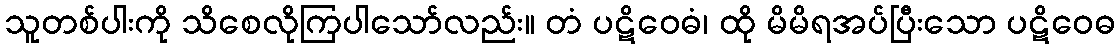
သူတစ်ပါးကို သိစေလိုကြပါသော်လည်း။ တံ ပဋိဝေဓံ၊ ထို မိမိရအပ်ပြီးသော ပဋိဝေဓ